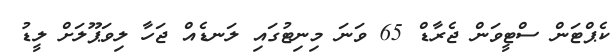
ކެޕްޓަން ސްޓީވަން ޖެރާޑް 65 ވަނަ މިނިޓުގައި ލަނޑެއް ޖަހާ ލިވަޕޫލަށް ލީޑު